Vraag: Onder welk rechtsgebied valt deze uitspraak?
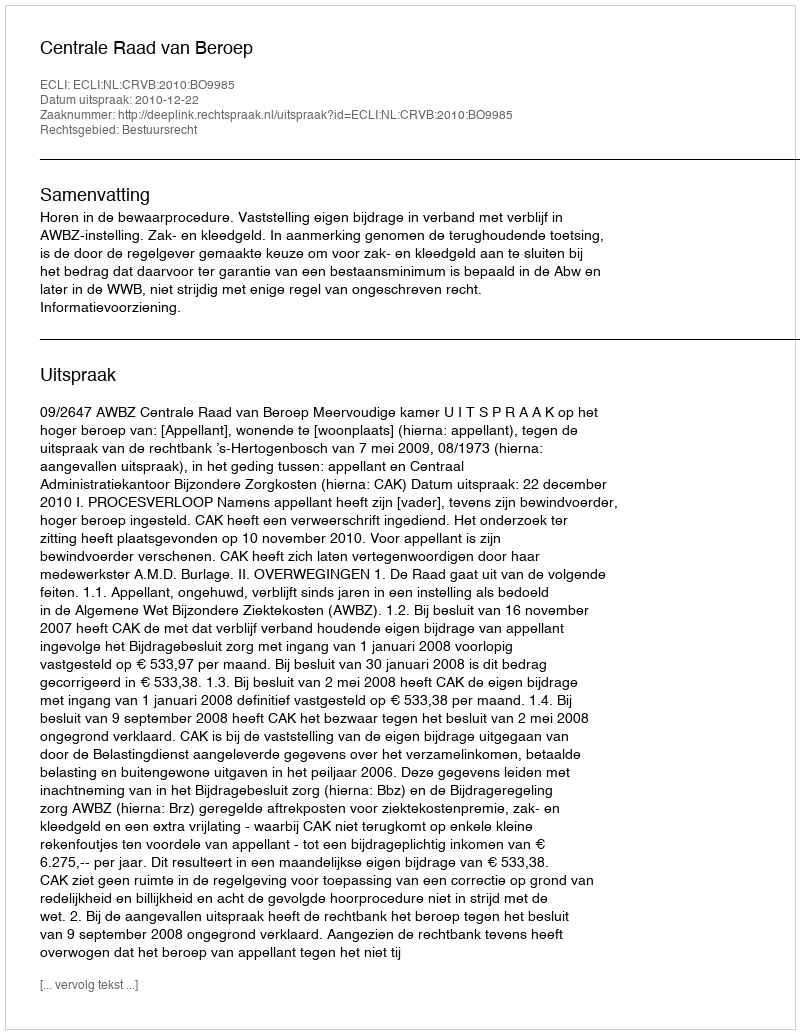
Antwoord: Bestuursrecht